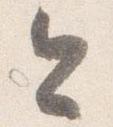
今